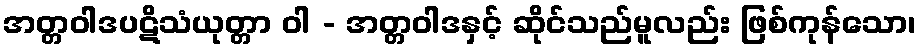
အတ္တဝါဒပဋိသံယုတ္တာ ဝါ - အတ္တဝါဒနှင့် ဆိုင်သည်မူလည်း ဖြစ်ကုန်သော၊